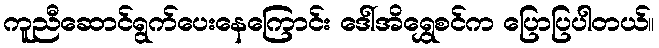
ကူညီဆောင်ရွက်ပေးနေကြောင်း ဒေါ်အိရွှေစင်က ပြောပြပါတယ်။